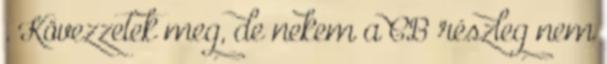
. Kövezzetek meg, de nekem a CB részleg nem